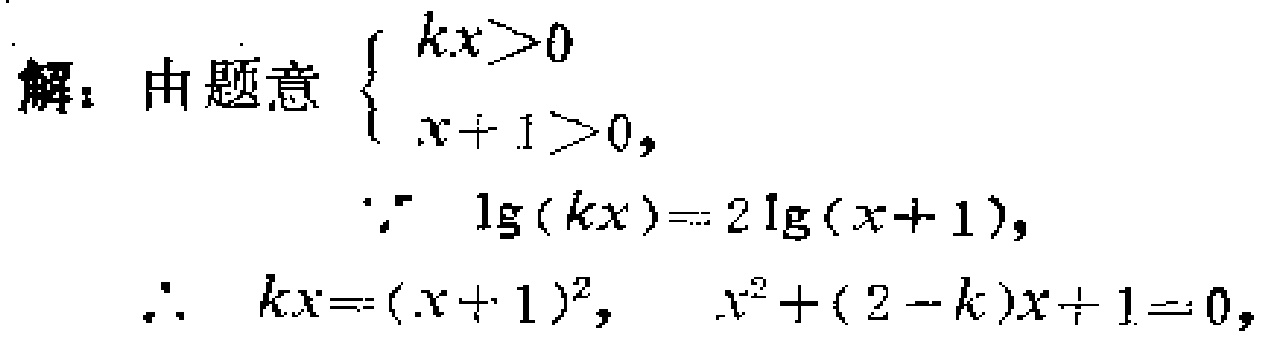
解：由题意$\begin{cases} kx>0 \\ x + 1>0 \end{cases}$，
$\because\lg(kx)=2\lg(x + 1)$，
$\therefore kx=(x + 1)^2$，$x^{2}+(2 - k)x + 1 = 0$，